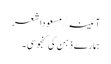
آئینہ/مسعوداشعر
ہمارے ذہن کی کنجوسی۔